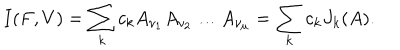
I ( F , V ) = \sum _ { k } c _ { k } A _ { \nu _ { 1 } } A _ { \nu _ { 2 } } \ldots A _ { \nu _ { \mu } } = \sum _ { k } c _ { k } J _ { k } ( A ) .